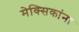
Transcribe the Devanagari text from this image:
मेक्सिकांना